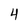
Character: 4